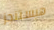
هيستنجز